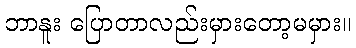
ဘာနူး ပြောတာလည်းမှားတော့မမှား။